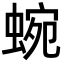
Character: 蜿